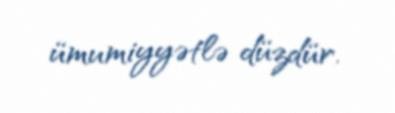
ümumiyyətlə düzdür.